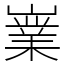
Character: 嶪